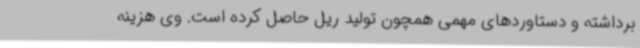
برداشته و دستاوردهای مهمی همچون تولید ریل حاصل کرده است. وی هزینه